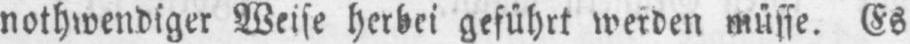
nothwendiger Weise herbei geführt werden müsse. Es